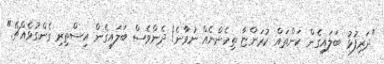
"ދަރިފުޅު ބަލައިގެން ކަންތައް ކުރަންޏާ ތިހެންނެއް ނުވާނެ! ދެންވެސް ބަލައިގެން އިސްތިރި ގެންގުޅެއްޗޭ."